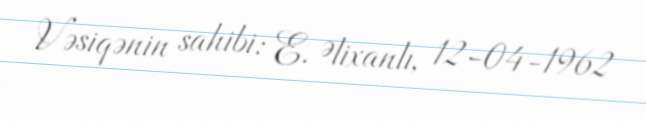
Vəsiqənin sahibi: E. Əlixanlı, 12-04-1962